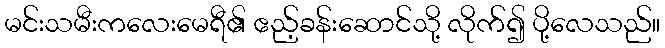
မင်းသမီးကလေးမေရီ၏ ဧည့်ခန်းဆောင်သို့ လိုက်၍ ပို့လေသည်။